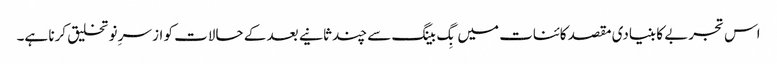
اس تجربے کا بنیادی مقصد کائنات میں بِگ بینگ سے چند ثانیے بعد کے حالات کو از سرِ نو تخلیق کرنا ہے۔